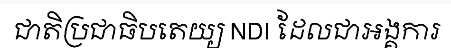
ជាតិប្រជាធិបតេយ្យ NDI ដែលជាអង្គការ